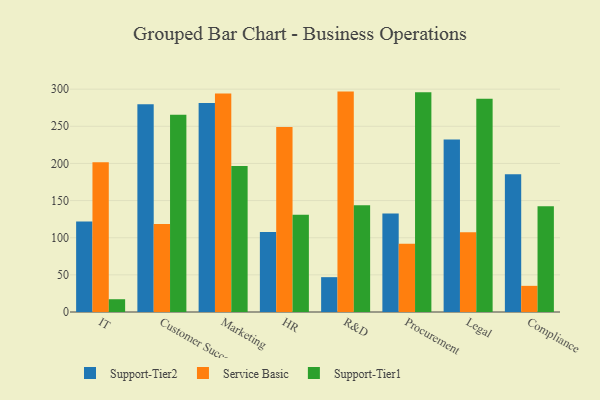
{"axis": {"x": "Department", "y": "Gross Profit (USD K)"}, "legend": ["Service Basic", "Support-Tier1", "Support-Tier2"], "data": [{"x": "IT", "y": 121.7, "type": "Support-Tier2"}, {"x": "IT", "y": 201.5, "type": "Service Basic"}, {"x": "IT", "y": 17.2, "type": "Support-Tier1"}, {"x": "Customer Success", "y": 279.7, "type": "Support-Tier2"}, {"x": "Customer Success", "y": 118.6, "type": "Service Basic"}, {"x": "Customer Success", "y": 265.7, "type": "Support-Tier1"}, {"x": "Marketing", "y": 281.2, "type": "Support-Tier2"}, {"x": "Marketing", "y": 294.1, "type": "Service Basic"}, {"x": "Marketing", "y": 196.5, "type": "Support-Tier1"}, {"x": "HR", "y": 107.8, "type": "Support-Tier2"}, {"x": "HR", "y": 249.0, "type": "Service Basic"}, {"x": "HR", "y": 130.9, "type": "Support-Tier1"}, {"x": "R&D", "y": 46.9, "type": "Support-Tier2"}, {"x": "R&D", "y": 296.7, "type": "Service Basic"}, {"x": "R&D", "y": 143.8, "type": "Support-Tier1"}, {"x": "Procurement", "y": 132.7, "type": "Support-Tier2"}, {"x": "Procurement", "y": 92.0, "type": "Service Basic"}, {"x": "Procurement", "y": 295.9, "type": "Support-Tier1"}, {"x": "Legal", "y": 232.3, "type": "Support-Tier2"}, {"x": "Legal", "y": 107.3, "type": "Service Basic"}, {"x": "Legal", "y": 287.1, "type": "Support-Tier1"}, {"x": "Compliance", "y": 185.4, "type": "Support-Tier2"}, {"x": "Compliance", "y": 35.2, "type": "Service Basic"}, {"x": "Compliance", "y": 142.5, "type": "Support-Tier1"}]}